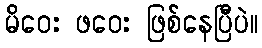
မိဝေး ဖဝေး ဖြစ်နေပြီပဲ။